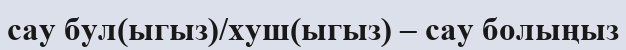
сау бул(ыгыз)/хуш(ыгыз) – сау болыңыз